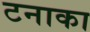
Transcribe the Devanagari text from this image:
टनाका